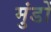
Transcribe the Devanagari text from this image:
मुंडों